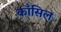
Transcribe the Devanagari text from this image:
काँसिल